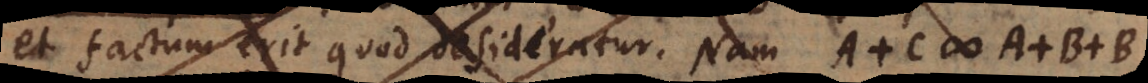
et factum erit quod desideratur. Nam quia A et